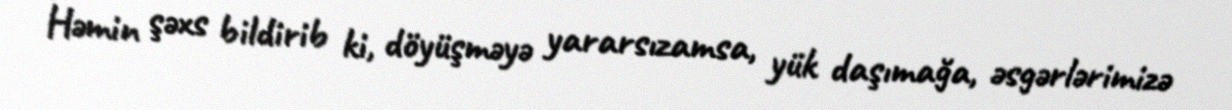
Həmin şəxs bildirib ki, döyüşməyə yararsızamsa, yük daşımağa, əsgərlərimizə